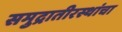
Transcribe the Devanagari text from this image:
समुद्रातीरस्थांचा